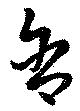
含